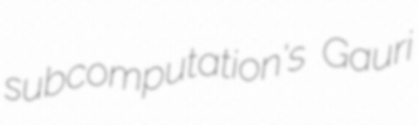
subcomputation's Gauri